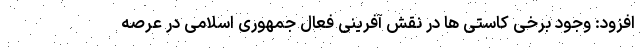
افزود: وجود برخی کاستی­ ها در نقش ­آفرینی فعال جمهوری اسلامی در عرصه